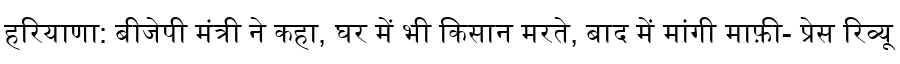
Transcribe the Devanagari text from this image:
हरियाणा: बीजेपी मंत्री ने कहा, घर में भी किसान मरते, बाद में मांगी माफ़ी- प्रेस रिव्यू